Report of the Indian Hemp Drugs Commission, 1894-1895 - Volume VII
Year: 1894
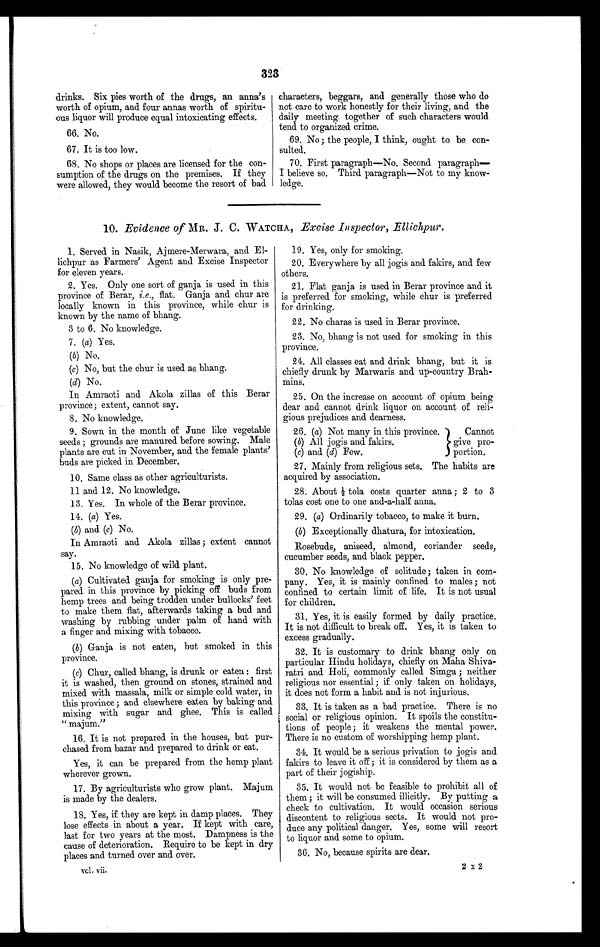
323
drinks. Six pies worth of the drugs, an anna's
worth of opium, and four annas worth of spiritu-
ous liquor will produce equal intoxicating effects.
66. No.
67. It is too low.
68. No shops or places are licensed for the con-
sumption of the drugs on the premises. If they
were allowed, they would become the resort of bad
characters, beggars, and generally those who do
not care to work honestly for their living, and the
daily meeting together of such characters would
tend to organized crime.
69. No ; the people, I think, ought to be con-
sulted.
70. First paragraph—No. Second paragraph
—I believe so. Third paragraph—Not to my know-
ledge.
10. Evidence of MR. J. C. WATCHA, Excise Inspector, Ellichpur.
1. Served in Nasik, Ajmere-Merwara, and El-
lichpur as Farmers' Agent and Excise Inspector
for eleven years.
2. Yes. Only one sort of ganja is used in this
province of Berar, i.e., flat. Ganja and chur are
locally known in this province, while chur is
known by the name of bhang.
3 to 6. No knowledge.
7. (a) Yes.
(b) No.
(c) No, but the chur is used as bhang.
(d) No.
In Amraoti and Akola zillas of this Berar
province; extent, cannot say.
8. No knowledge.
9. Sown in the month of June like vegetable
seeds ; grounds are manured before sowing. Male
plants are cut in November, and the female plants'
buds are picked in December.
10. Same class as other agriculturists.
11 and 12. No knowledge.
13. Yes. In whole of the Berar province.
14. (a) Yes.
(b) and (c) No.
In Amraoti and Akola zillas ; extent cannot
say.
15. No knowledge of wild plant.
(a) Cultivated ganja for smoking is only pre-
pared in this province by picking off buds from
hemp trees and being trodden under bullocks' feet
to make them flat, afterwards taking a bud and
washing by rubbing under palm of hand with
a finger and mixing with tobacco.
(b) Ganja is not eaten, but smoked in this
province.
(c) Chur, called bhang, is drunk or eaten : first
it is washed, then ground on stones, strained and
mixed with massala, milk or simple cold water, in
this province ; and elsewhere eaten by baking and
mixing with sugar and ghee. This is called
" majum."
16. It is not prepared in the houses, but pur-
chased from bazar and prepared to drink or eat.
Yes, it can be prepared from the hemp plant
wherever grown.
17. By agriculturists who grow plant. Majum
is made by the dealers.
18. Yes, if they are kept in damp places. They
lose effects in about a year. If kept with care,
last for two years at the most. Dampness is the
cause of deterioration. Require to be kept in dry
places and turned over and over.
V o l . v i i .
19. Yes, only for smoking.
20. Everywhere by all jogis and fakirs, and few
others.
21. Flat ganja is used in Berar province and it
is preferred for smoking, while chur is preferred
for drinking.
22. No charas is used in Berar province.
23. No, bhang is not used for smoking in this
province.
24. All classes eat and drink bhang, but it is
chiefly drunk by Marwaris and up-country Brah-
mins.
25. On the increase on account of opium being
dear and cannot drink liquor on account of reli-
gious prejudices and dearness.
26. (a) Not many in this province
( b )
. A l l j o g i s a n d f a k i r s .
(c)and (d) Few.
C a n n o t g i v e p r o - p o r t i o n . 27. Mainly from religious sets. The habits are
acquired by association.
28. About ½t o l a c o s t s q u a r t e r a n n a ; 2 t o 3
tolas cost one to one and-a-half anna.
29. (a) Ordinarily tobacco, to make it burn.
(b) Exceptionally dhatura, for intoxication.
Rosebuds, aniseed, almond, coriander seeds,
cucumber seeds, and black pepper.
30. No knowledge of solitude; taken in com-
pany. Yes, it is mainly confined to males ; not
confined to certain limit of life. It is not usual
for children.
31. Yes it is easily formed by daily practice.
It is not difficult to break off. Yes, it is taken to
excess gradually.
32. It is customary to drink bhang only on
particular Hindu holidays, chiefly on Maha Shiva-
ratri and Holi, commonly called Simga ; neither
religious nor essential ; if only taken on holidays,
it does not form a habit and is not injurious.
33. It is taken as a bad practice. There is no
social or religious opinion. It spoils the constitu-
tions of people ; it weakens the mental power.
There is no custom of worshipping hemp plant.
34. It would be a serious privation to jogis and
fakirs to leave it off ; it is considered by them as a
part of their jogiship.
35. It would not be feasible to prohibit all of
them; it will be consumed illicitly. By putting a
check to cultivation. It would occasion serious
discontent to religious sects. It would not pro-
duce any political danger. Yes, some will resort
to liquor and some to opium.
36. No, because spirits are dear.
2 x 2